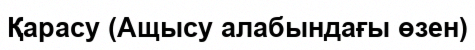
Қарасу (Ащысу алабындағы өзен)